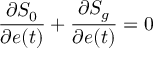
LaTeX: \frac { \partial S _ { 0 } } { \partial e ( t ) } + \frac { \partial S _ { g } } { \partial e ( t ) } = 0